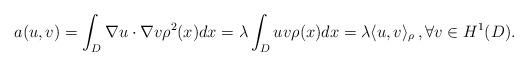
LaTeX: \begin{align*} a(u,v) = \int_{D} \nabla u \cdot \nabla v \rho^2(x) dx = \lambda \int_{D}u v \rho(x)dx = \lambda \langle u,v \rangle_\rho\,, \forall v \in H^1(D). \end{align*}